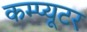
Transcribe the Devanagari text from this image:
कम्प्‍यूटर